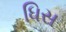
ધિસ